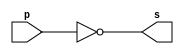
// ------------------------- 
// Exemplo0002 - NOT 
// Nome: Gabriel Benjamim de Carvalho
// ------------------------- 
// ------------------------- 
// -- not gate 
// ------------------------- 
module notgate (output s, 
input p); 
assign s = ~p; 
endmodule // notgate 
// ------------------------- 
// -- test not gate 
// ------------------------- 
module testnotgate; 
// ------------------------- dados locais 
reg a; // definir registrador 
// (variavel independente) 
wire s; // definir conexao (fio) 
// (variavel dependente ) 
// ------------------------- instancia 
notgate NOT1 (s, a); 
// ------------------------- preparacao 
initial begin:start 
a=0; // valor inicial 
end 
// ------------------------- parte principal 
initial begin 
$display("Exemplo0002 - Gabriel Benjamim de Carvalho - 396690"); 
$display("Test NOT gate"); 
$display("\n~a = s\n"); 
a=0; 
#1 $display("~%b = %b", a, s); 
a=1; 
#1 $display("~%b = %b", a, s); 
end 
endmodule // testnotgate